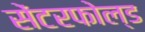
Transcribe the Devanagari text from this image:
सेंटरफोल्ड